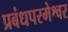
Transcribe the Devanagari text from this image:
प्रबंधपरमेश्वर